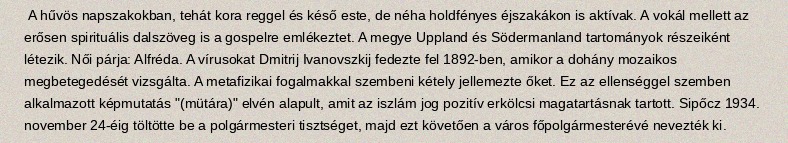
A hűvös napszakokban, tehát kora reggel és késő este, de néha holdfényes éjszakákon is aktívak. A vokál mellett az erősen spirituális dalszöveg is a gospelre emlékeztet. A megye Uppland és Södermanland tartományok részeiként létezik. Női párja: Alfréda. A vírusokat Dmitrij Ivanovszkij fedezte fel 1892-ben, amikor a dohány mozaikos megbetegedését vizsgálta. A metafizikai fogalmakkal szembeni kétely jellemezte őket. Ez az ellenséggel szemben alkalmazott képmutatás "(mütára)" elvén alapult, amit az iszlám jog pozitív erkölcsi magatartásnak tartott. Sipőcz 1934. november 24-éig töltötte be a polgármesteri tisztséget, majd ezt követően a város főpolgármesterévé nevezték ki.